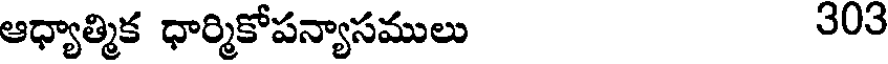
ఆధ్యాత్మిక ధార్మికోపన్యాసములు 303